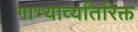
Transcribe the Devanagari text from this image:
गाभ्याव्यतिरिक्त